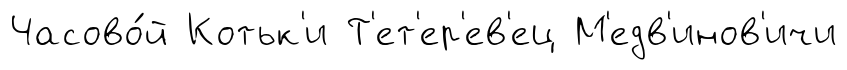
Часово́й Котьк'и Т'ет'ер'ев'ец М'едв'инов'ичи